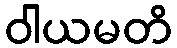
ဝါယမတိ